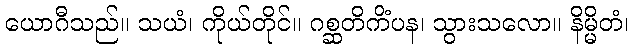
ယောဂီသည်။ သယံ၊ ကိုယ်တိုင်။ ဂစ္ဆတိကိံပန၊ သွားသလော။ နိမ္မိတံ၊